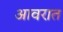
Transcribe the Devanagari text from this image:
आवरात